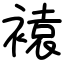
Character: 褤